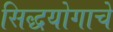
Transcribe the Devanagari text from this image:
सिद्धयोगाचे